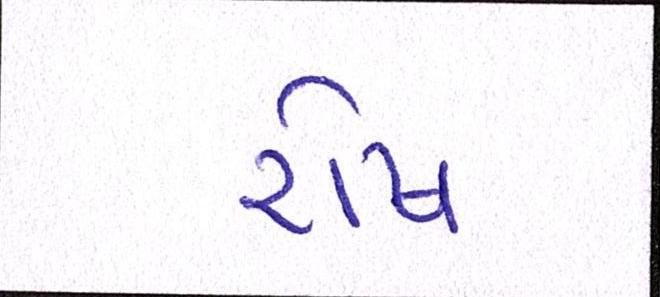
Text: રોષ